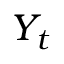
\textstyle Y _ { t }